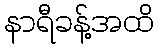
နာရီခန့်အထိ